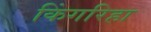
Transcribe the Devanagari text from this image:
किंगरिहा